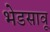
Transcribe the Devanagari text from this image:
भेडसावू